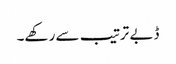
ڈبے ترتیب سے رکھے۔